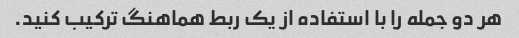
هر دو جمله را با استفاده از یک ربط هماهنگ ترکیب کنید.